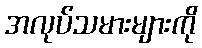
အလုပ်သမားများကို